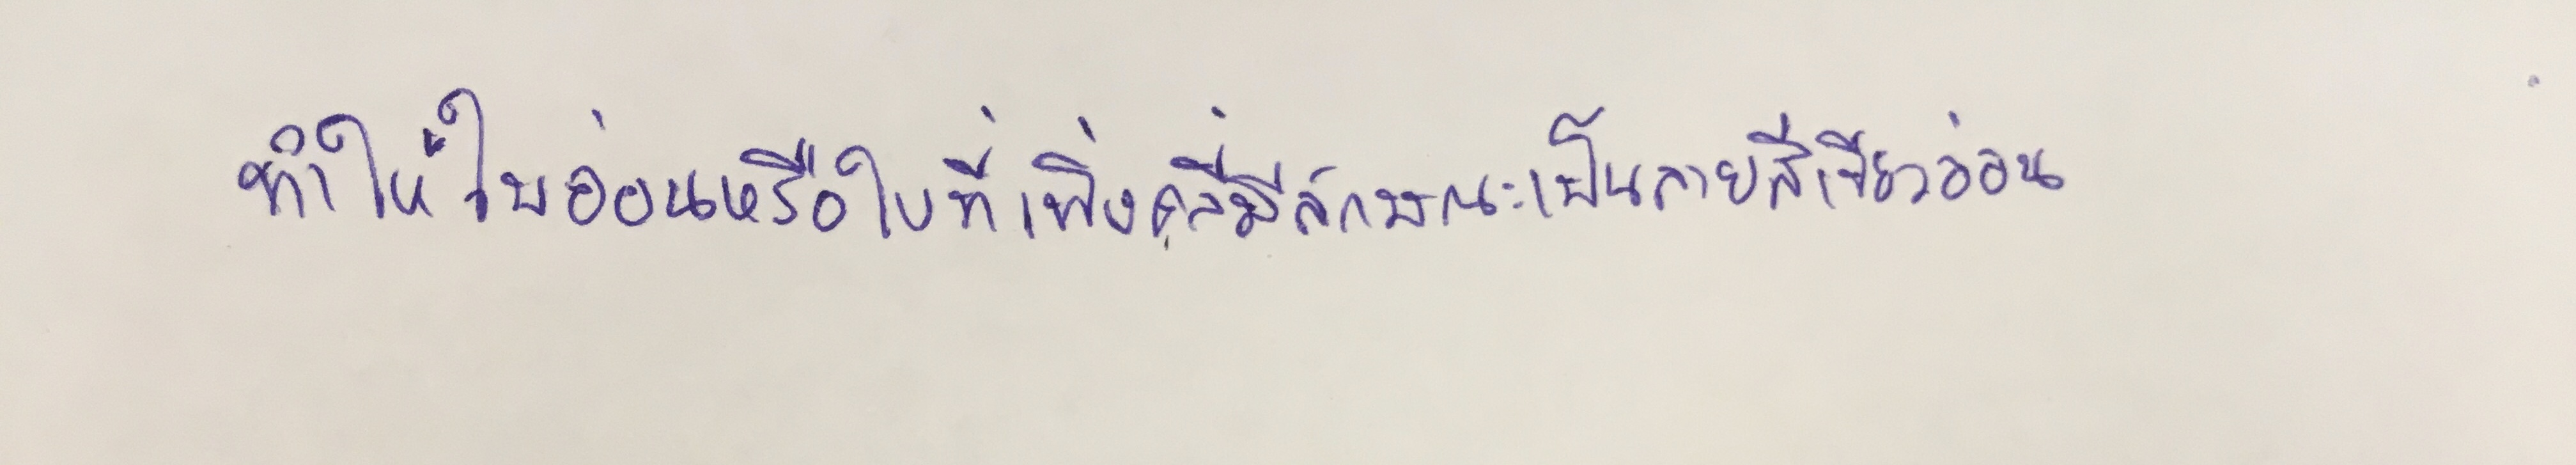
ทำให้ใบอ่อนหรือใบที่เพิ่งคลี่มีลักษณะเป็นลายสีเขียวอ่อน